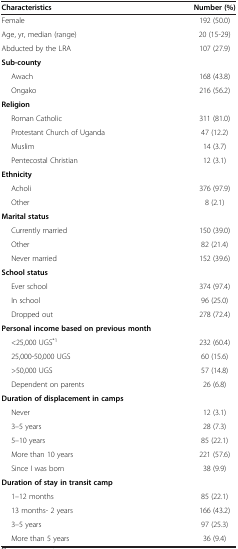
| Characteristics | Number (%) |
 | --- | --- |
 | Female | 192 (50.0) |
 | Age, yr, median (range) | 20 (15-29) |
 | Abducted by the LRA | 107 (27.9) |
 | Sub-county |  |
 | Awach | 168 (43.8) |
 | Ongako | 216 (56.2) |
 | Religion |  |
 | Roman Catholic | 311 (81.0) |
 | Protestant Church of Uganda | 47 (12.2) |
 | Muslim | 14 (3.7) |
 | Pentecostal Christian | 12 (3.1) |
 | Ethnicity |  |
 | Acholi | 376 (97.9) |
 | Other | 8 (2.1) |
 | Marital status |  |
 | Currently married | 150 (39.0) |
 | Other | 82 (21.4) |
 | Never married | 152 (39.6) |
 | School status |  |
 | Ever school | 374 (97.4) |
 | In school | 96 (25.0) |
 | Dropped out | 278 (72.4) |
 | Personal income based on previous month |  |
 | <25,000 UGS*1 | 232 (60.4) |
 | 25,000-50,000 UGS | 60 (15.6) |
 | >50,000 UGS | 57 (14.8) |
 | Dependent on parents | 26 (6.8) |
 | Duration of displacement in camps |  |
 | Never | 12 (3.1) |
 | 3–5 years | 28 (7.3) |
 | 5–10 years | 85 (22.1) |
 | More than 10 years | 221 (57.6) |
 | Since I was born | 38 (9.9) |
 | Duration of stay in transit camp |  |
 | 1–12 months | 85 (22.1) |
 | 13 months- 2 years | 166 (43.2) |
 | 3–5 years | 97 (25.3) |
 | More than 5 years | 36 (9.4) |